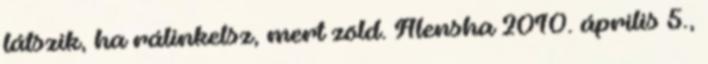
látszik, ha rálinkelsz, mert zöld. Alensha 2010. április 5.,